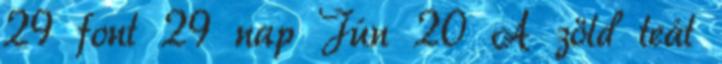
29 font 29 nap Jún 20 A zöld teát